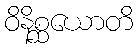
ဝိနိစ္ဆယောတိ